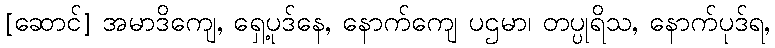
[ဆောင်] အမာဒိကျေ, ရှေ့ပုဒ်နေ, နောက်ကျေ ပဌမာ၊ တပ္ပုရိသ, နောက်ပုဒ်ရ,